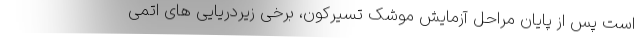
است پس از پایان مراحل آزمایش موشک تسیرکون، برخی زیردریایی های اتمی